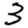
Digit: 3